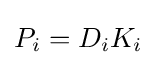
P_{i}=D_{i}K_{i}